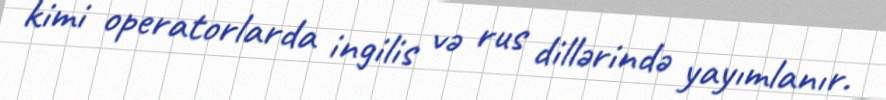
kimi operatorlarda ingilis və rus dillərində yayımlanır.